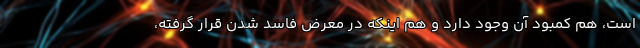
است، هم کمبود آن وجود دارد و هم اینکه در معرض فاسد شدن قرار گرفته،